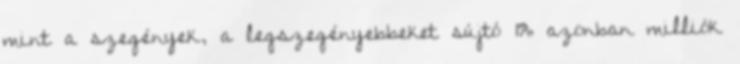
mint a szegények, a legszegényebbeket sújtó 1% azonban milliók